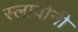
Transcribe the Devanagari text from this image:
स्लावोनी